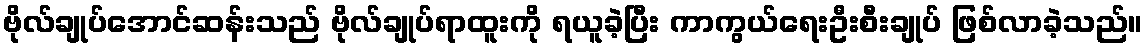
ဗိုလ်ချုပ်အောင်ဆန်းသည် ဗိုလ်ချုပ်ရာထူးကို ရယူခဲ့ပြီး ကာကွယ်ရေးဦးစီးချုပ် ဖြစ်လာခဲ့သည်။